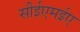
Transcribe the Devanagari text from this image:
सीईएमईए